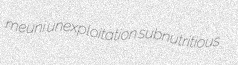
meuni unexploitation subnutritious